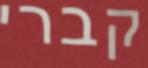
קברי